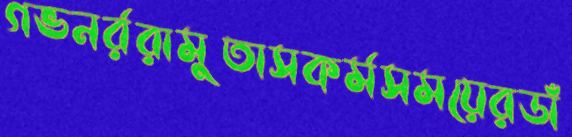
গভনর্ররামুতাসকর্মসময়েরডাঁ